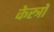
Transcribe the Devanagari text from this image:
केस्त्रो